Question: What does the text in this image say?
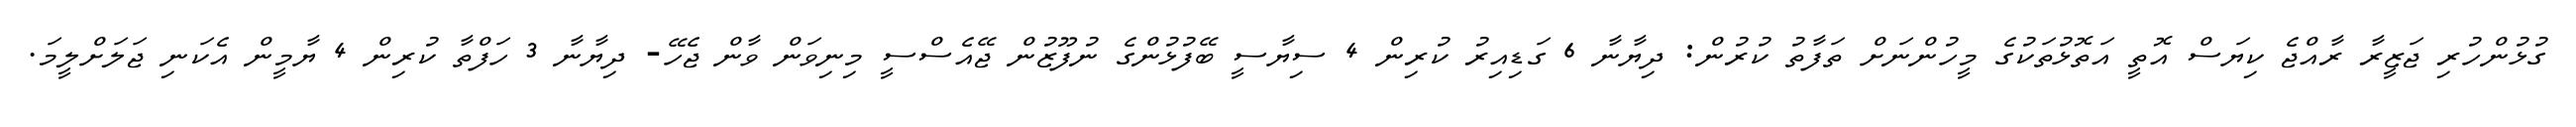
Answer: ގުޅުންހުރި ޖަޒީރާ ރާއްޖެ ކިޔަސް އޮތީ އަތޮޅުތަކުގެ މީހުންނަށް ތަފާތު ކުރުން: ދިޔާނާ 6 ގަޑިއިރު ކުރިން 4 ސިޔާސީ ބޭފުޅުންގެ ނުފޫޒުން ޖޭއެސްސީ މިނިވަން ވާން ޖެހޭ- ދިޔާނާ 3 ހަފްތާ ކުރިން 4 ޔާމީން އެކަނި ޖަލަށްލީމަ.